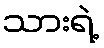
သားရဲ့